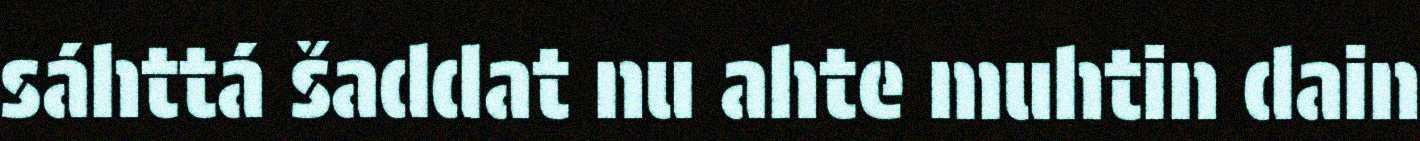
sáhttá šaddat nu ahte muhtin dain